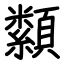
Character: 纇